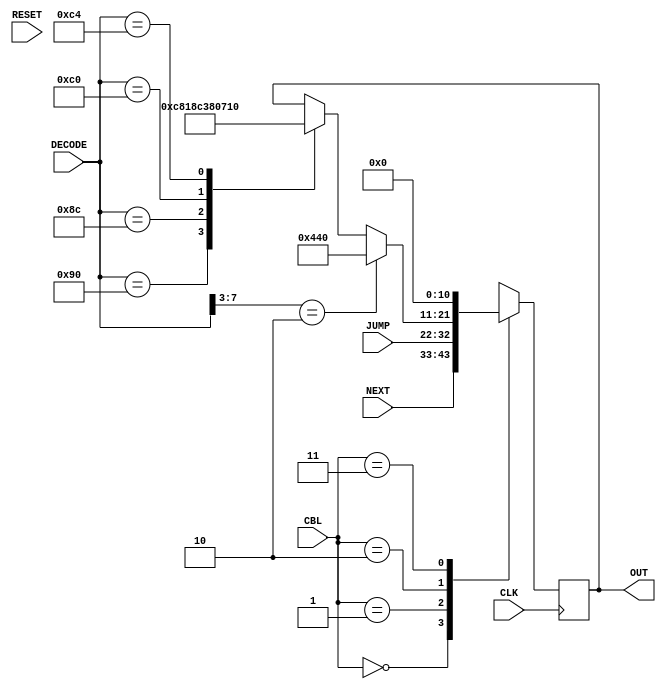
//=======================================================
//  MODULE Definition
//=======================================================
module CSMUX #(parameter DATAWIDTH_CONTROL_ADDRESS_BUS=11, parameter DATAWIDTH_SCRATCHPAD_BUS=8, parameter DATAWIDTH_MICRO_INSTRUCTION_BUS=11, parameter DATAWIDTH_CONTROL_BRANCH_BUS=2)
(
	//////////// INPUTS //////////
	CLK,
	RESET,
	// CSAI In
	NEXT,
	// Registers Control In
	DECODE,
	// Jump Address In
	JUMP,
	// Branch Logic In
	CBL,
	//////////// OUTPUTS //////////
	OUT
);
//=======================================================
//  PARAMETER declarations
//=======================================================
	parameter decode = 11'b10000000000;
//=======================================================
//  PORT declarations
//=======================================================
	//////////// INPUTS //////////
	input 														  CLK;
	input 														  RESET;
	input 		[DATAWIDTH_CONTROL_ADDRESS_BUS-1:0]   NEXT;
	input 		[DATAWIDTH_SCRATCHPAD_BUS-1:0] 		  DECODE;
	input 		[DATAWIDTH_MICRO_INSTRUCTION_BUS-1:0] JUMP;
	input 		[DATAWIDTH_CONTROL_BRANCH_BUS-1:0] 	  CBL;
	//////////// OUTPUTS //////////
	output reg 	[10:0]										  OUT;
//=======================================================
//  REG/WIRE declarations
//=======================================================
//=======================================================
//  Structural coding
//=======================================================
//=======================================================
//  REG/WIRE declarations
//=======================================================
//=======================================================
//  Structural coding
//=======================================================
//INPUT LOGIC: COMBINATIONAL
	always@(negedge CLK)
		begin
			case (CBL)
				2'b00: 	OUT = NEXT; // NEXT
				2'b01: 	OUT = JUMP; // JUMP
				2'b10:   // DECODE
					begin
						if(DECODE[7:3]==5'b00010)
							OUT = 11'd1088; // Branch
						else
							case(DECODE)
								8'b10010000: OUT = 11'd1600; // addcc
								8'b10001100: OUT = 11'd1584; // subcc
								8'b11000000: OUT = 11'd1792; // ld
								8'b11000100: OUT = 11'd1808; // st
							endcase
					end
				2'b11: 	OUT = 11'b00000000000; // NOTHING
				default: OUT = 11'b00000000000;
			endcase
		end
//=======================================================
//  Outputs
//=======================================================
// OUTPUT LOGIC : COMBINATIONAL
endmodule